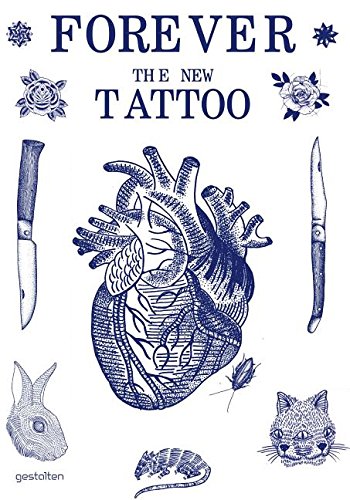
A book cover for Forever: The New Tattoo; Health, Fitness & Dieting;